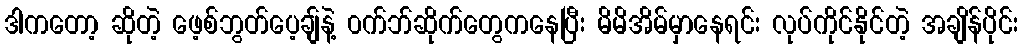
ဒါကတော့ ဆိုတဲ့ ဖေ့စ်ဘွတ်ပေ့ချ်နဲ့ ၀က်ဘ်ဆိုက်တွေကနေပြီး မိမိအိမ်မှာနေရင်း လုပ်ကိုင်နိုင်တဲ့ အချိန်ပိုင်း